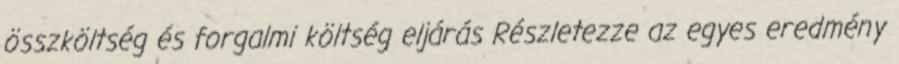
összköltség és forgalmi költség eljárás Részletezze az egyes eredmény